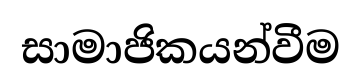
සාමාජිකයන්වීම